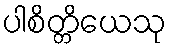
ပါစိတ္တိယေသု